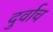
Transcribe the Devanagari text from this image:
दुर्वाच